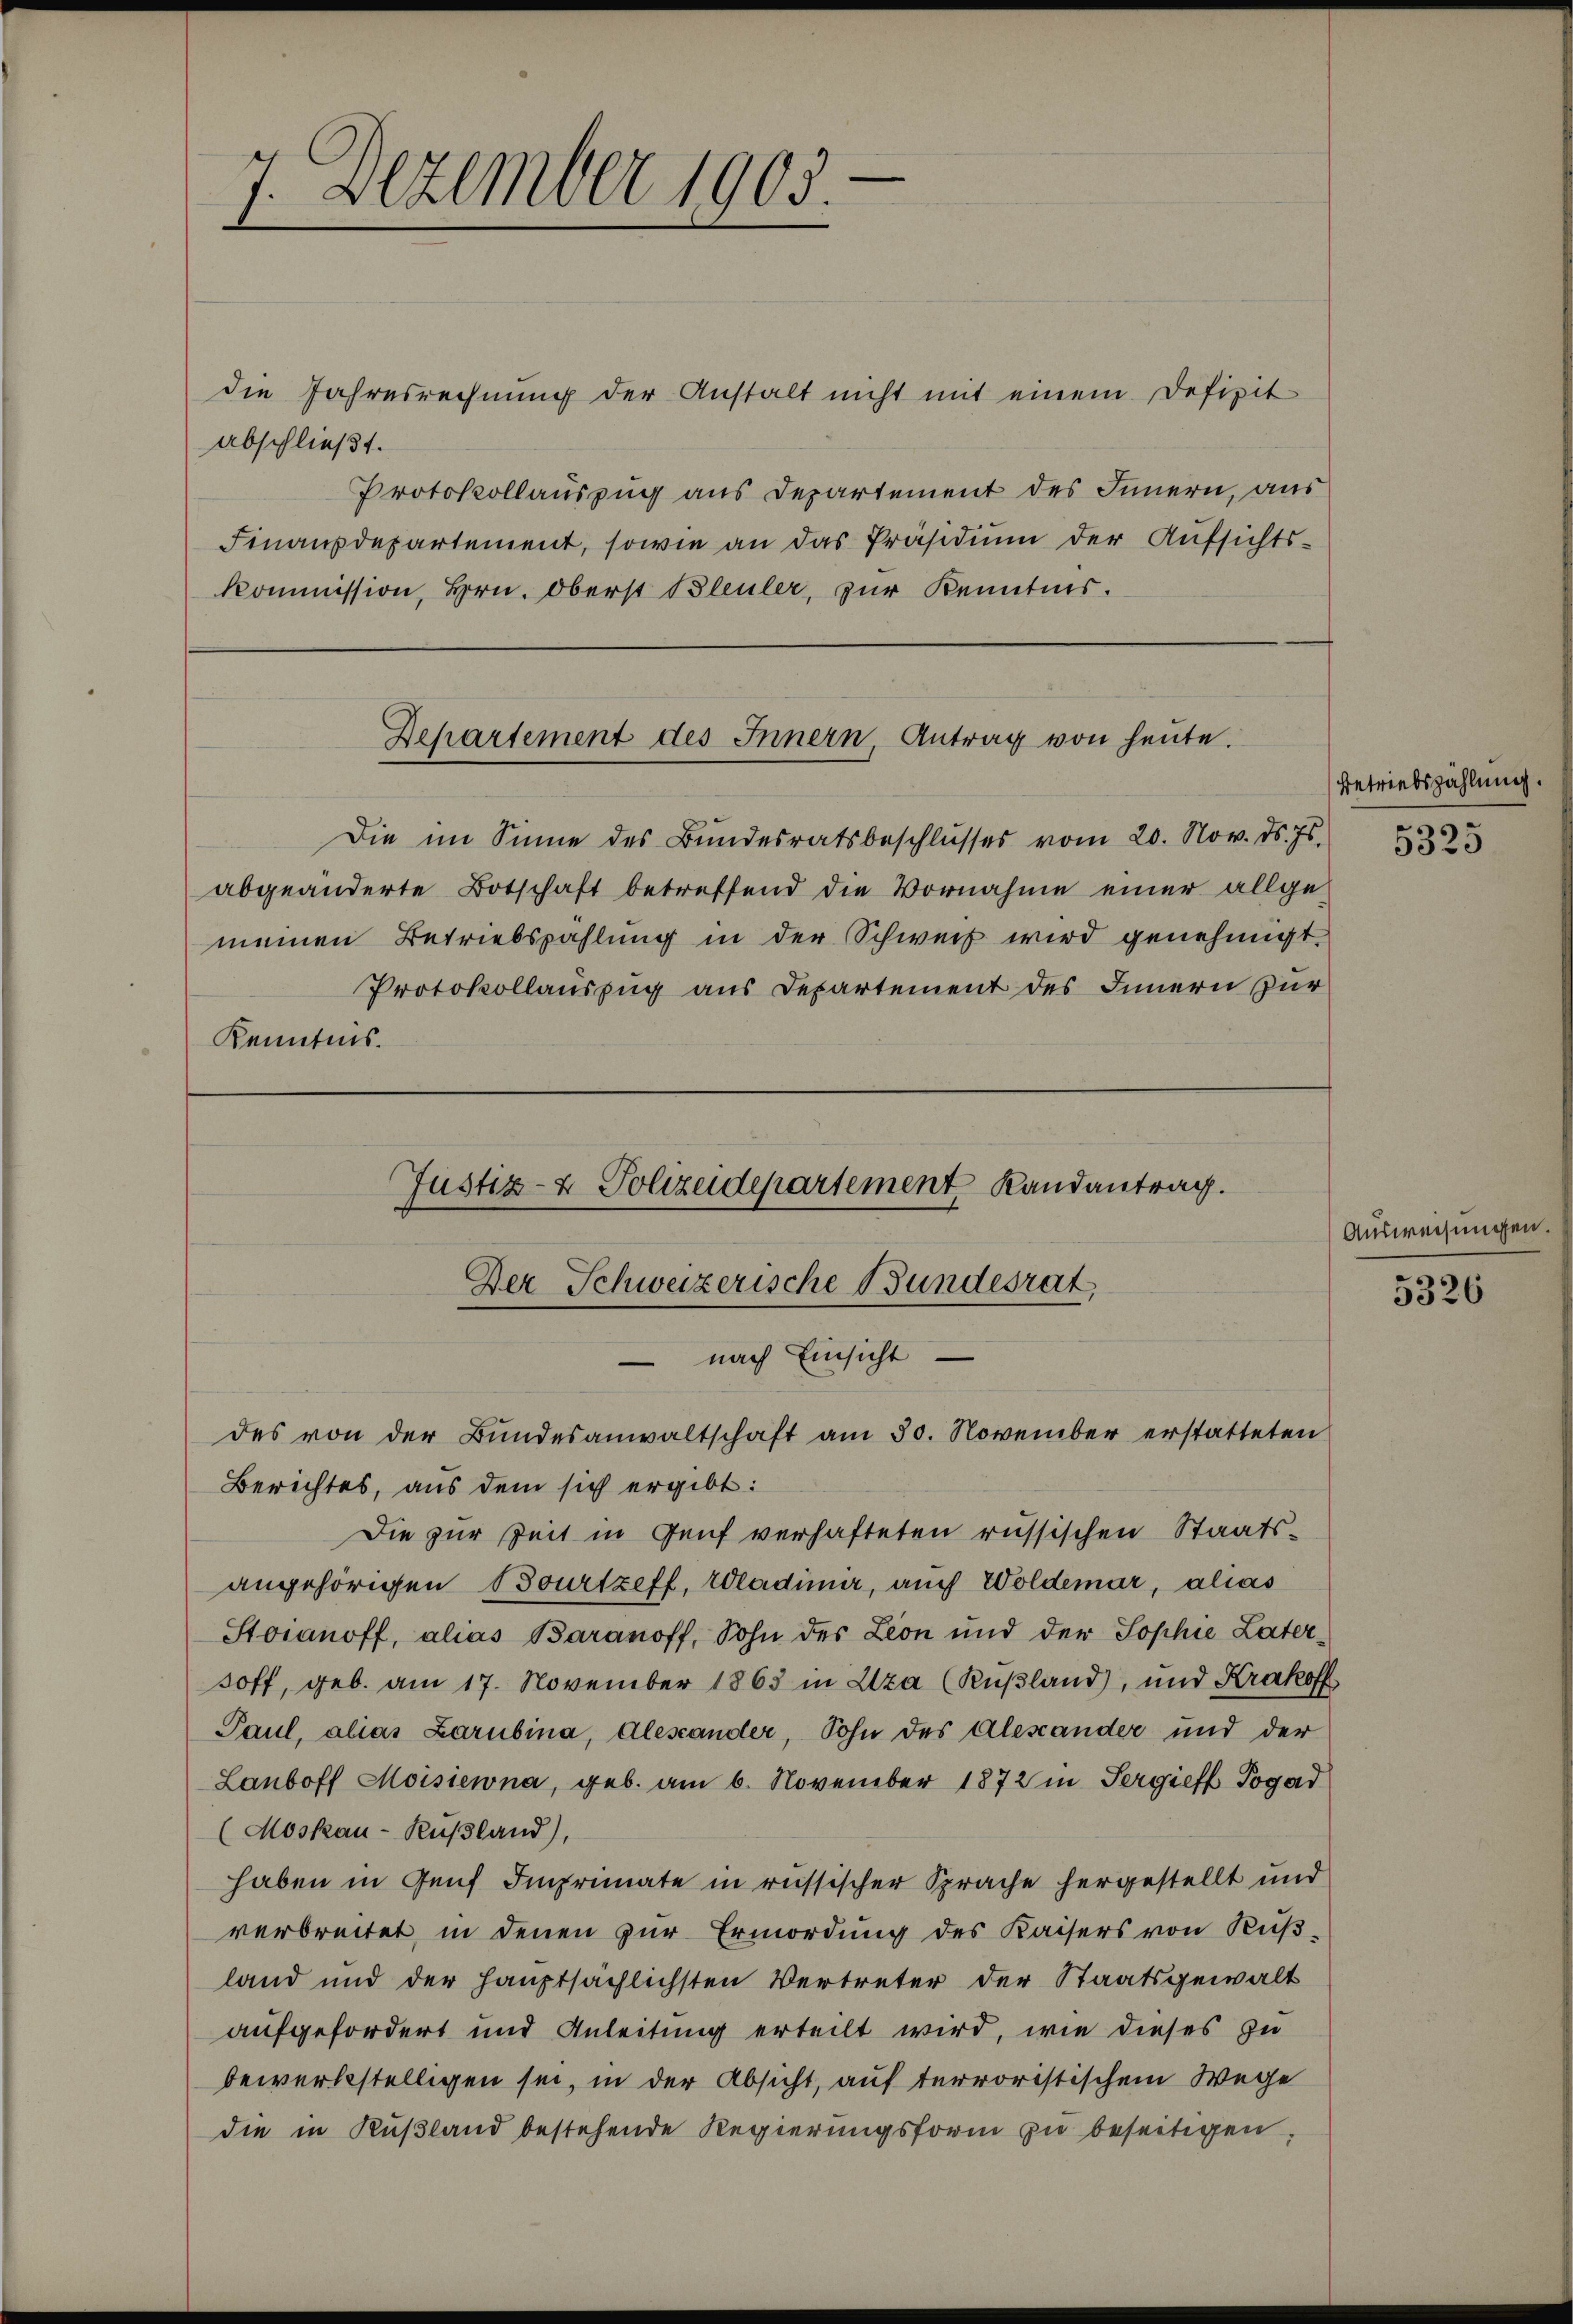
7. Dezember 1905.

die Jahresrechnung der Anstalt nicht mit einem Defizit
abschließt.
Protokollauszug aus Departement des Innern, aus
Finanzdepartement, sowie an das Präsidiŭm der Aufsichts-
Kommission, Hrn. Oberst Bleuler, zur Kenntnis.

Departement des Innern, Antrag von heute.

Justiz- & Polizeidepartement Randantrag.
Der Schweizerische Bundesrat,
 nach Einsicht

Die im Sinne des Bundesratsbeschlŭsses vom 20. Nov. d. Js.
abgeänderte Botschaft betreffend die Vornahme einer allgemeinen Betriebszahlung in der Schweiz wird genehmigt.
Protokollauszug aus Departement des Innern zur
Kenntnis.

des von der Bundesanwaltschaft am 30. November erstatteten
Berichtes, aus dem sich ergibt:
Die zur Zeit in Genf verhafteten russischen Staatsangehörigen Bourtzeff, Wladimir, auch Woldemar, alias
Stoianoff, alias Baranoff, Sohn des Leon und der Sophie Latersoff, geb. am 17. November 1863 in Aza (Rußland), und Krakoff
Paul, alias Larubina, Alescander, Sohn des Alexander und der
Lanboff Moisiewna, geb. am 6. November 1872 in Pergieff Pogad
(Moskau-Rußland),
haben in Genf Imprimate in russischer Sprache hergestellt und
verbreitet, in denen zur Ermordung des Kaisers von Küβ-
land und der hauptsächlichsten Vertreter der Staatsgewalt
aufgefordert und Anleitung erteilt wird, wie dieses zu
bewerbestelligen sei, in der Absicht, auf terroristischem Wege
die in Rußland bestehende Regierungsform zu beseitigen,

Betriebszahlung.
5325

Ausweisungen.

5326